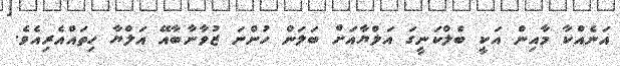
އަނެއްކާ މާއިން އަކީ ބެލްކަނީގަ އަލްޔާއަށް ބަލަން ހުންނަ ޒުވާނާބާއޭ އަލްޔާ ހިތައްއެރިއެވެ.